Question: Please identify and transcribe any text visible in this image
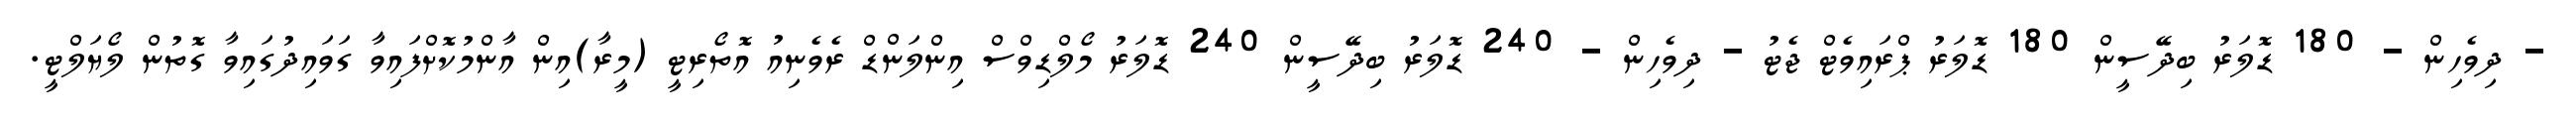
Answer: - ދިވެހިން - 180 ޑޮލަރު ބިދޭސީން 180 ޑޮލަރު ޕްރައިވެޓް ޖެޓު - ދިވެހިން - 240 ޑޮލަރު ބިދޭސީން 240 ޑޮލަރު މޯލްޑިވްސް އިންލަންޑް ރެވެނިއު އޮތޯރިޓީ (މީރާ)އިން އާންމުކޮށްފައިވާ ގަވައިދުގައިވާ ގޮތުން ލޯޔަލްޓީ.